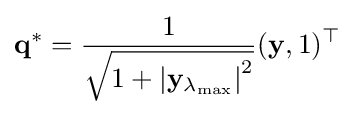
\mathbf {q} ^{*}={\frac {1}{\sqrt {1+\left|\mathbf {y} _{\lambda _{\text{max}}}\right|^{2}}}}(\mathbf {y} ,1)^{\top }